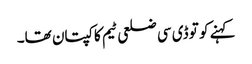
کہنے کو تو ڈی سی ضلعی ٹیم کا کپتان تھا۔